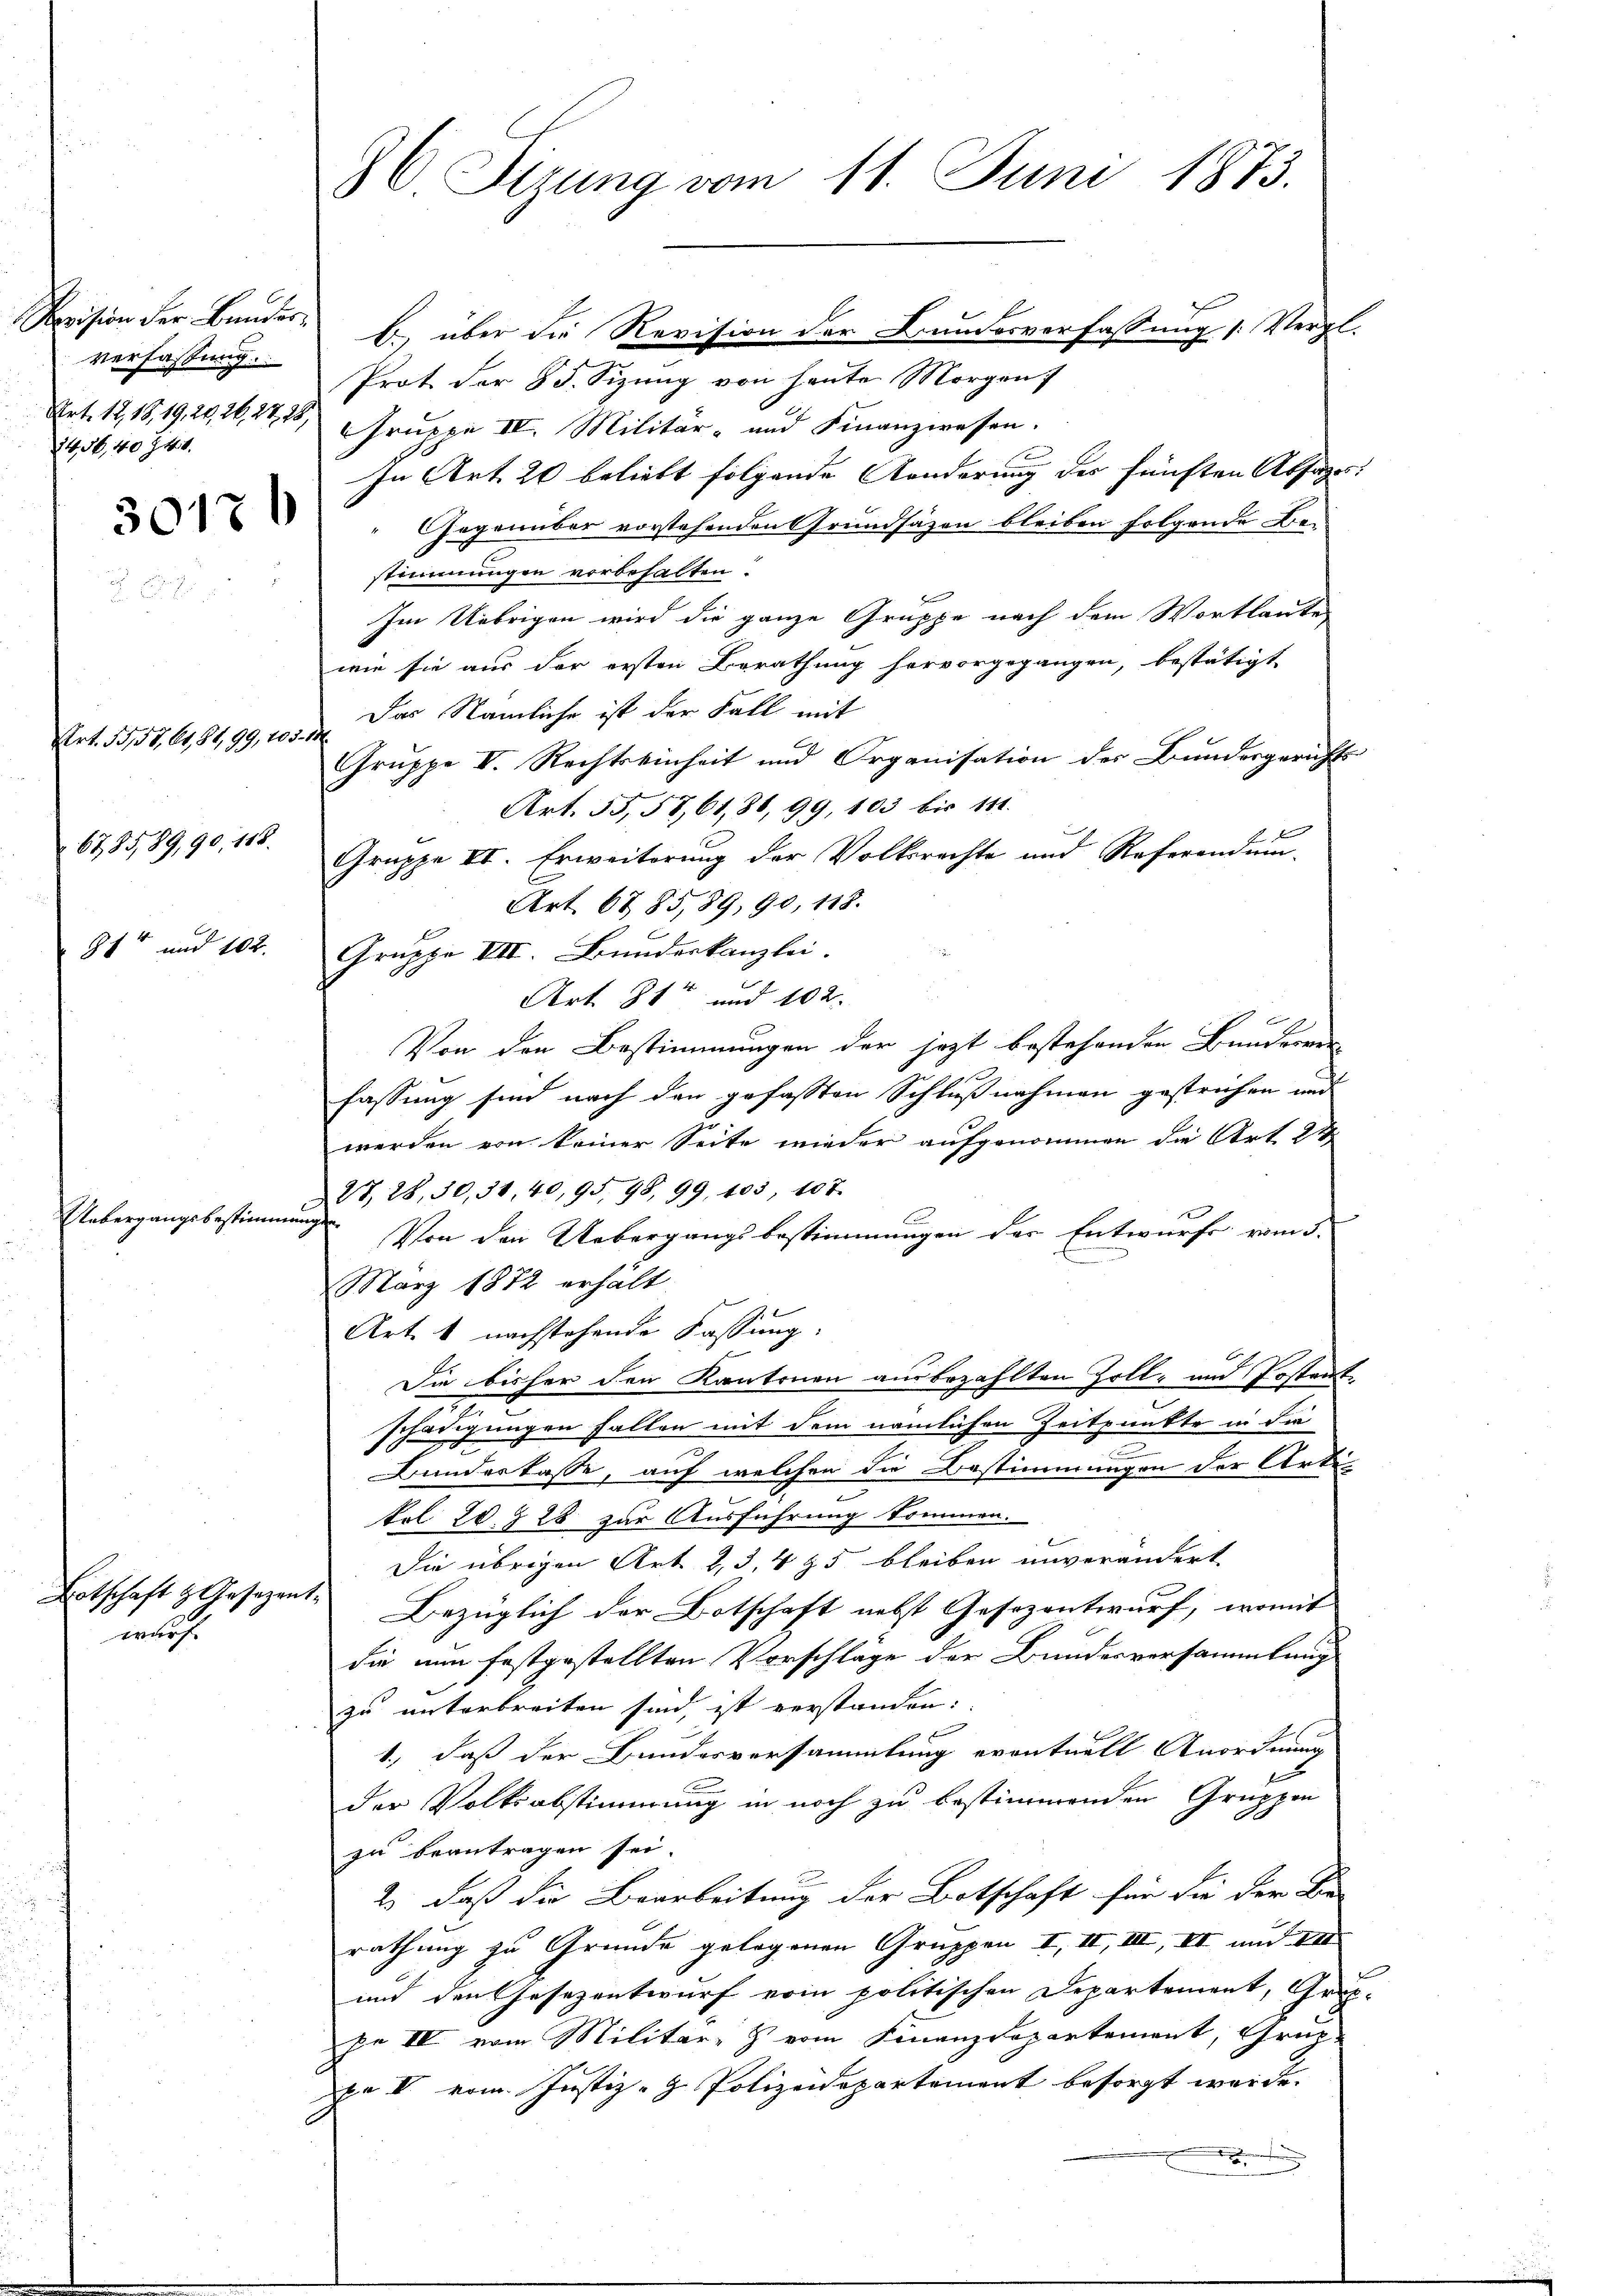
verfassung.
Art. 12, 18, 19, 20, 26, 27, 28,
24,56,40 741.

3017

Art. 358, 61, 81, 99, 105.
6785,89, 90, 118.
814 und 102.

Uebergangsbestimmen

Botschaft z. Gesezent
wurh

36. Sizung vom 11. Juni 1873.
Revision der Bunder B. über die Revision der Bundesverfassung [Vergl.
Prot. der 85. Sizung von heute Morgen

Gruppe IV. Militär- und Finanzwesen.
In Art. 20 beliebt folgende Aenderung des fünften Absage:
Gegenüber vorstehenden Grundsätzen bleiben folgende Ben
stimmungen vorbehalten?
Im Uebrigen wird die ganze Gruppe nach dem Wortlaute
wie sie aus der ersten Berathung hervorgegangen, bestätigt
Das Nämliche ist der Fall mit
f
Gruppe VI. Rechtseinheit und Organisation der Bundesgerichts
Art. 55, 58, 61,86, 99, 103 bis 111.
Gruppe II. Erweiterung der Volksrechte und Referandum-
Art. 6785,89, 90, 118.
Gruppe VII. Bundeskanzlei.
Art. 81 und 102.
Von den Bestimmungen der jezt bestehenden Bundesver-
fassung sind nach den gefassten Schlußnahmen gestrichen und
werden von keiner Seite wieder aufgenommen die Art 24.
27, 28, 30, 38, 40, 95, 98, 99, 405, 107.
f
Von den Uebergangsbestimmungen der Entwurfe vom 5.
März 1872 erhält
Art. 1 nachstehende Fassung.
Die bisher den Kantonen ausbezahlten Zoll- und Postant
schädigungen fallen mit dem nämlichen Zeitpunkte in die
Bundeskasse, auf welchen die Bestimmungen der Arte-
tol 20. 328 zur Ausführung kommen.
Die übrigen Art 2, 3, 4 & 5 bleiben unverändert
1 Bezüglich der Botschaft nebst Gesezentwurf, womit
die nun festgestellten Vorschläge der Bundesversammlung
zu unterbreiten sind, ist verstanden:

1., daß der Bundesversammlung eventuell Anordnung
der Volksabstimmung in noch zu bestimmenden Gruppen
zu beantragen sei.
2.) daß die Bearbeitung der Botschaft für die der Be-
rathung zu Grunde gelegenen Gruppen I, II, IIII, II und VII
und den Gesezentwurf vom politischen Departement, Grup-
pe IV vom Militär- & vom Finanzdepartement, Grei
pe V. vom Justiz- & Polizeidepartement besorgt werde.
x